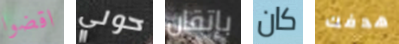
اقضوا حولي بإتقان كان هدفك